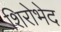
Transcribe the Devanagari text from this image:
शिरोभेद